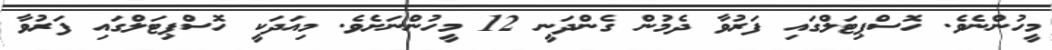
މީހުންނެވެ. ހޮސްޕިޓަލްގައި ފަރުވާ ދެމުން ގެންދަނީ 12 މީހުންނަށެވެ. މިއަދަކީ ހޮސްޕިޓަލްގައި ފަރުވާ